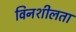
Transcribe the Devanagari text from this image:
विनशीलता